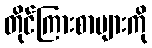
တိုင်ကြားစာများကို